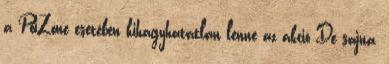
a PoiZone esetében kihagyhatatlan lenne az akció De sajna,